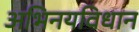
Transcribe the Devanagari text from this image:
अभिनयविधान